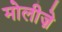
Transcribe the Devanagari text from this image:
मोलीज़े